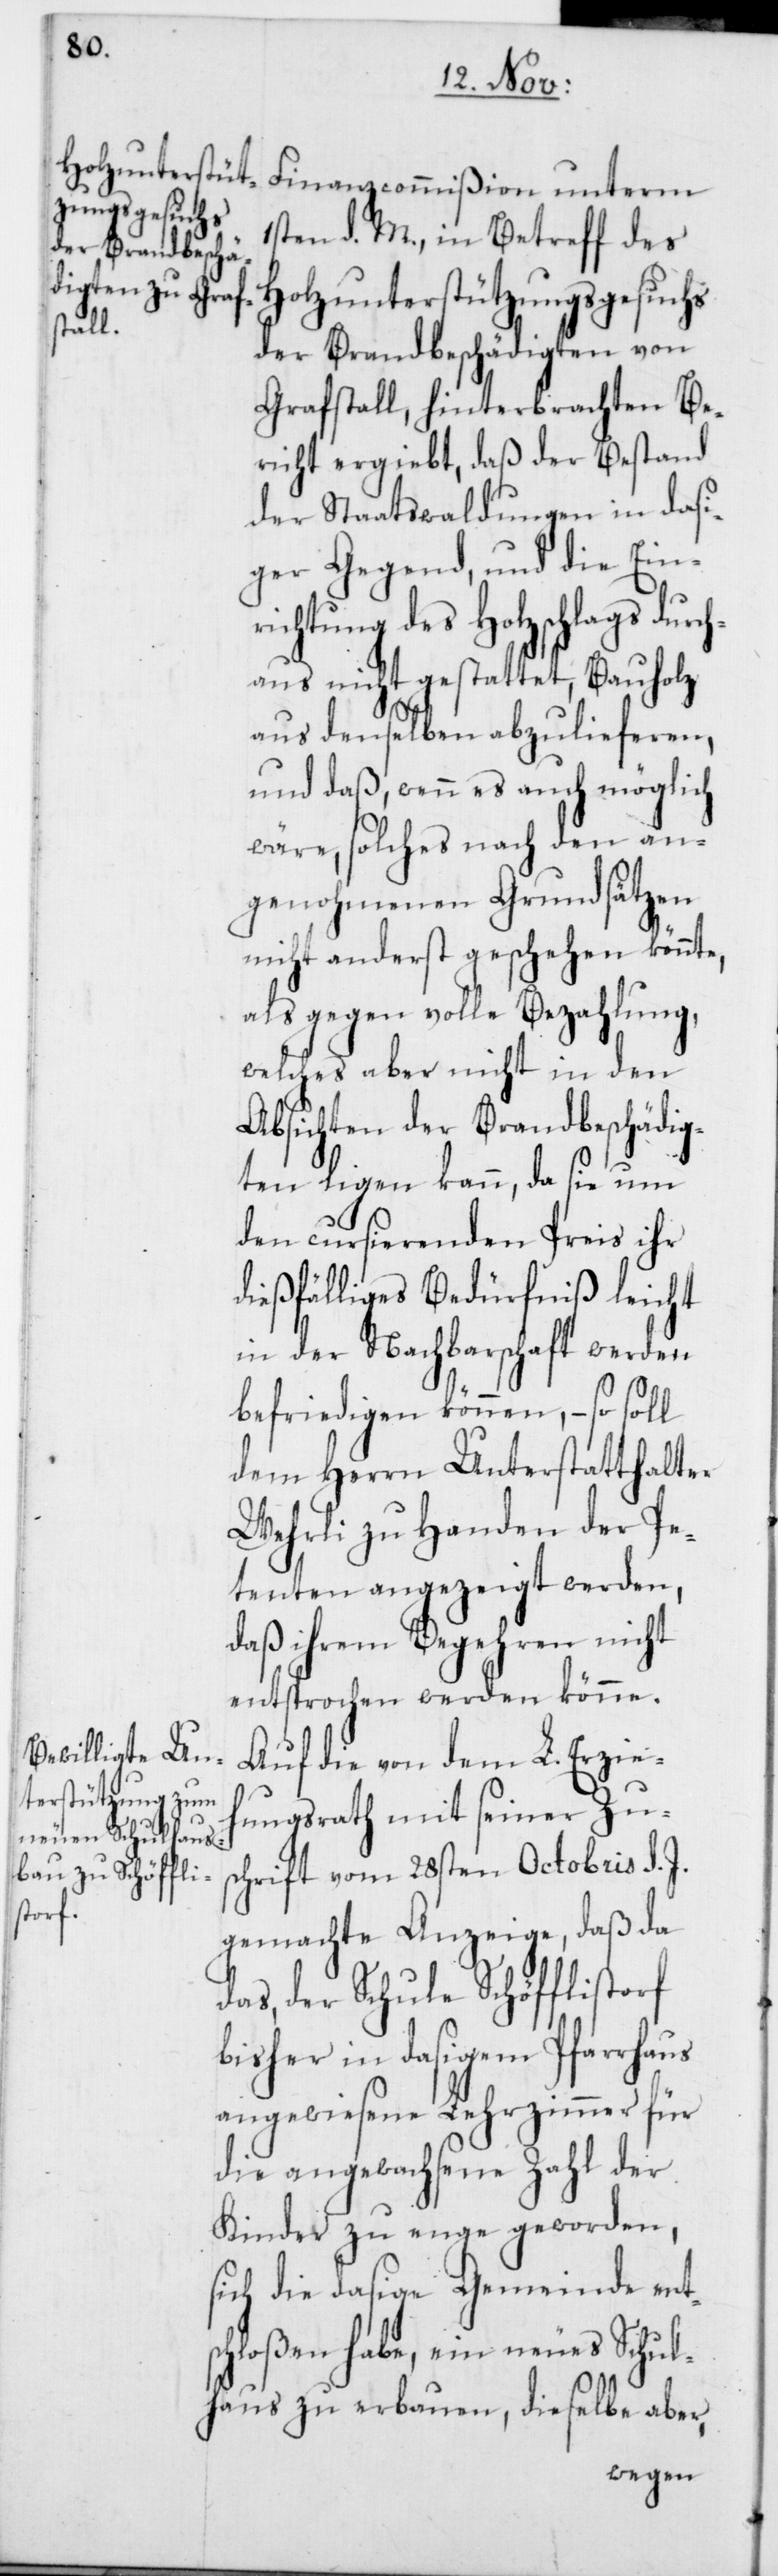
Finanzcommißion unterm
1sten d. M., in Betreff des
Holzunterstützungsgesuchs
der Brandbeschädigten von
Grafstall, hinterbrachten Be¬
richt ergiebt, daß der Bestand
der Staatswaldungen in dasi¬
ger Gegend, und die Ein¬
richtung des Holzschlags durc¬
haus nicht gestattet, Bauholz
aus denselben abzulieferen,
und daß, wenn es auch möglich
wäre, solches nach den an¬
genohmenen Grundsätzen
nicht anderst geschehen könnte,
als gegen volle Bezahlung,
welches aber nicht in den
Absichten der Brandbeschädig¬
ten ligen kann, da sie um
den cursierenden Preis ihr
dießfälliges Bedürfniß leicht
in der Nachbarschaft werden
befriedigen können, – so soll
dem Herrn Unterstatthalter
Wehrli zu Handen der Pe¬
tenten angezeigt werden,
daß ihrem Begehren nicht
entsprochen werden könne.
Auf die von dem L. Erzie¬
hungsrath mit seiner Zus¬
chrift vom 28sten Octobris d. J.
gemachte Anzeige, daß da
das, der Schule Schöfflistorf
bisher in dasigem Pfarrhaus
angewiesene Lehrzimmer für
die angewachsene Zahl der
Kinder zu enge geworden,
sich die dasige Gemeinde ent¬
schloßen habe, ein neues Schul¬
haus zu erbauen, dieselbe aber,